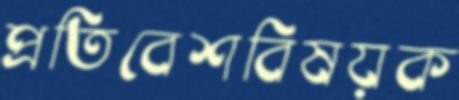
প্রতিবেশবিষয়ক